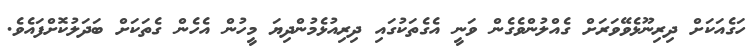
ހަގެއަކަށް ދިރިނޫޅެވޭވަރަށް ގެއްލުންވެގެން ވަނީ އެގެތަކުގައި ދިރިއުޅެމުންދިޔަ މީހުން އެހެން ގެތަކަށް ބަދަލުކޮށްފައެވެ.